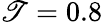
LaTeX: \mathscr{T}=0.8